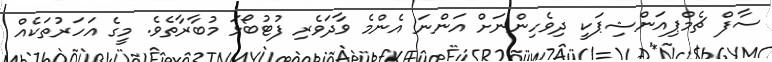
ސާފް ޗެމްޕިއަންޝިޕަކީ ދިވެހިންނަށް އަންނަ އެންމެ ވާދަވެރި ފުޓުބޯޅަ މުބާރާތެވެ. މީގެ އަހަރުތަކެއް